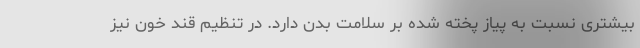
بیشتری نسبت به پیاز پخته شده بر سلامت بدن دارد. در تنظیم قند خون نیز